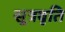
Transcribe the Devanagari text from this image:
सूत्रवृति